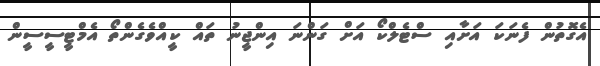
އެގޮތުން ފެނަކަ އަށާއި ސްޓެލްކޯ އަށް ގަންނަ އިންޖީނު ތައް ކީއްވެގެންތޯ އެމްޓީސީސީން